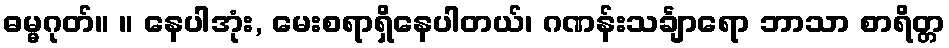
ဓမ္မဂုတ်။ ။ နေပါအုံး, မေးစရာရှိနေပါတယ်၊ ဂဏန်းသင်္ချာရော ဘာသာ စာရိတ္တ